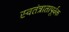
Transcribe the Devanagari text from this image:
स्वतंत्रातापूर्वक